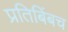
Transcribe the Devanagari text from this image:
प्रतिबिंबच